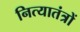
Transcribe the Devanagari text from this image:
नित्यातंत्रों